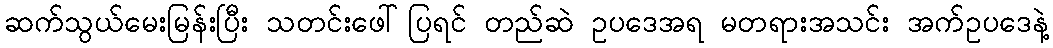
ဆက်သွယ်မေးမြန်းပြီး သတင်းဖေါ်ပြရင် တည်ဆဲ ဥပဒေအရ မတရားအသင်း အက်ဥပဒေနဲ့